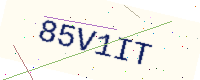
Text: 85V1IT